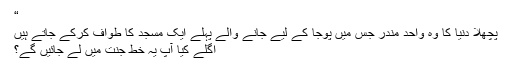
“
پچھلا دنیا کا وہ واحد مندر جس میں پوجا کے لیے جانے والے پہلے ایک مسجد کا طواف کرکے جاتے ہیں
اگلے کیا آپ یہ خط جنت میں لے جائیں گے؟